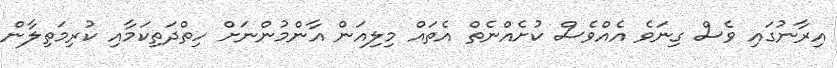
އިރާނުގައި ވެސް ގިނަވެ އެއްވެސް ކުށެއްނެތް އެތައް މިލިއަން އާންމުންނަށް ހިތްދަތިކަމާއި ކުރިމަތިލާން